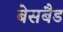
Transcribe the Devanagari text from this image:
बेसबैड